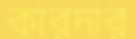
কারদার